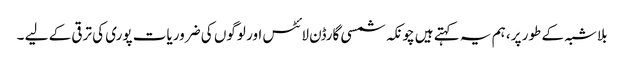
بلاشبہ کے طور پر، ہم یہ کہتے ہیں چونکہ شمسی گارڈن لائٹس اور لوگوں کی ضروریات پوری کی ترقی کے لیے ۔